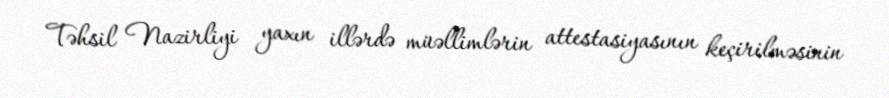
Təhsil Nazirliyi yaxın illərdə müəllimlərin attestasiyasının keçirilməsinin